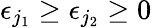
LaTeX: \epsilon_{j_{1}}\ge\epsilon_{j_{2}}\ge 0